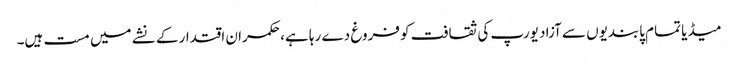
میڈیا تمام پابندیوں سے آزاد یورپ کی ثقافت کو فروغ دے رہا ہے، حکمران اقتدار کے نشے میں مست ہیں۔